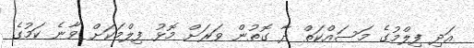
އަދި ފިލްމުގެ މަސައްކަތް ދާ ގޮތުން ވަރަށް މޮޅު ފިލްމަކަށް ވާނެ ކަމުގެ